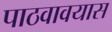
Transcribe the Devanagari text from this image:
पाठवावयास